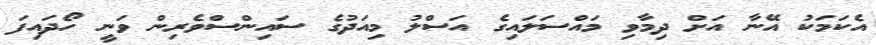
އެކަމަކު އޭނާ އަށް ދިމާވި މައްސަލައިގެ އަސްލު މިއަދުގެ ސައިންސްވެރިން ވަނީ ހޯދައިފަ